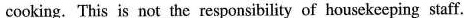
cooking. This is not the responsibility of housekeeping staff.